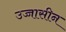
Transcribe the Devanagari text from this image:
उच्चासीन